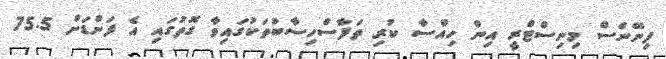
ފިނޭންސް މިނިސްޓްރީ އިން ހިއްސާ ކުރި ތަފާސްހިސާބުތަކުގައިވާ ގޮތުގައި އެ ފަންޑަށް 75.5